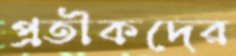
প্রতীকদের